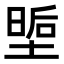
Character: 𭏏